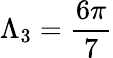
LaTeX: \Lambda_{3}=\frac{6\pi}{7}